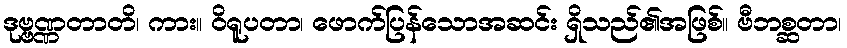
ဒုဗ္ဗဏ္ဏတာတိ၊ ကား။ ဝိရူပတာ၊ ဖောက်ပြန်သောအဆင်း ရှိသည်၏အဖြစ်။ ဗီဘစ္ဆတာ၊